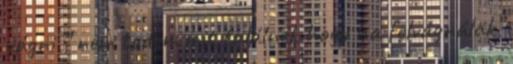
vágni ” nem tudom mit találnék hogy ha felvágnálak”